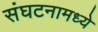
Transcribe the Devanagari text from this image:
संघटनामध्ये